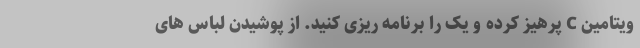
ویتامین C پرهیز کرده و یک را برنامه ریزی کنید. از پوشیدن لباس های